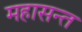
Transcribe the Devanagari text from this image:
महासन्त